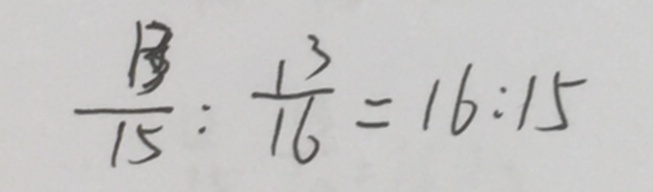
\frac { 1 3 } { 1 5 } : \frac { 1 3 } { 1 6 } = 1 6 : 1 5